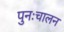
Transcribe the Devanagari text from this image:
पुनःचालन